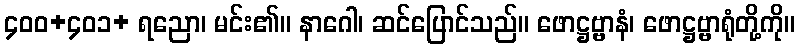
၄၀၀+၄၀၁+ ရညော၊ မင်း၏။ နာဂေါ၊ ဆင်ပြောင်သည်။ ဖောဋ္ဌဗ္ဗာနံ၊ ဖောဋ္ဌဗ္ဗာရုံတို့ကို။